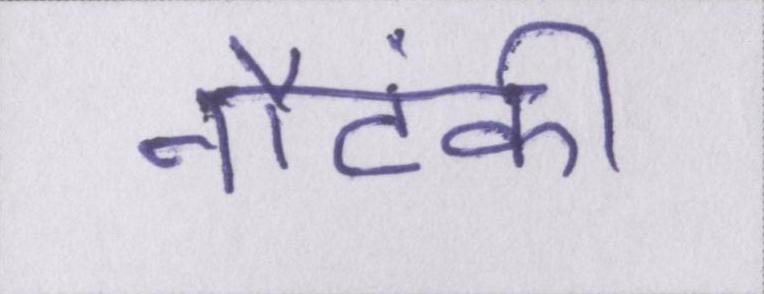
नौटंकी